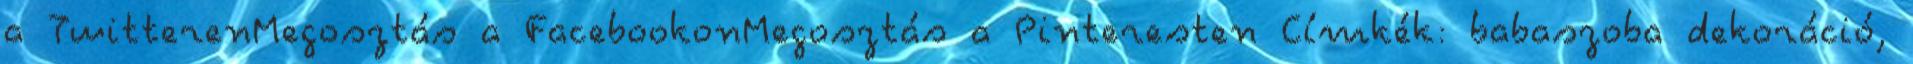
a TwitterenMegosztás a FacebookonMegosztás a Pinteresten Címkék: babaszoba dekoráció,